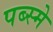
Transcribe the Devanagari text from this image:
पब्स्मे